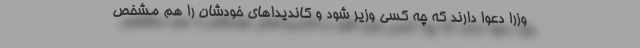
وزرا دعوا دارند که چه کسی وزیر شود و کاندیداهای خودشان را هم مشخص